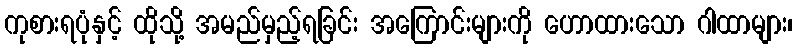
ကုစားရပုံနှင့် ထိုသို့ အမည်မှည့်ရခြင်း အကြောင်းများကို ဟောထားသော ဂါထာများ၊